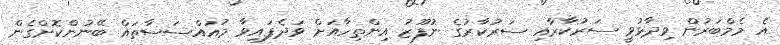
އެ މެމްބަރުން ވިދާޅުވީ ސަރުކާރާއި ސަރުކާރުގެ ނުފޫޒު އިންތިހާއަށް ވަދެފައިވާ މުއައްސަސާތައް ބޭނުންކޮށްގެން